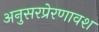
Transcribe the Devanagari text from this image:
अनुसरप्रेरणावश